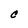
Character: C